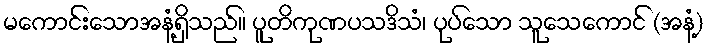
မကောင်းသောအနံ့ရှိသည်။ ပူတိကုဏပသဒိသံ၊ ပုပ်သော သူသေကောင် (အနံ့)